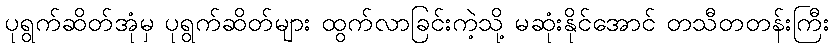
ပုရွက်ဆိတ်အုံမှ ပုရွက်ဆိတ်များ ထွက်လာခြင်းကဲ့သို့ မဆုံးနိုင်အောင် တသီတတန်းကြီး